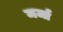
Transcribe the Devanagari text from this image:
मर्जा